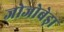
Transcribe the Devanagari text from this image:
जोजोबेड़ा